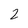
Character: 2